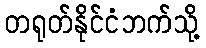
တရုတ်နိုင်ငံဘက်သို့